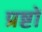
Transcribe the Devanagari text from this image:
प्रष्टों